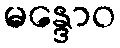
မန္ဒောဝ